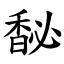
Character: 馝